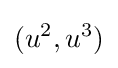
(u^{2},u^{3})